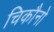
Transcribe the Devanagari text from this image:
चिकौनो